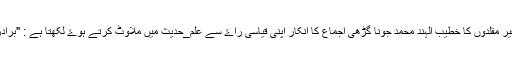
ان غیر مقلدوں کا خطیب الہند محمد جونا گڑھی اجماع کا انکار اپنی قیاسی راۓ سے علم_حدیث میں ملاوٹ کرتے ہوۓ لکھتا ہے : "برادران!